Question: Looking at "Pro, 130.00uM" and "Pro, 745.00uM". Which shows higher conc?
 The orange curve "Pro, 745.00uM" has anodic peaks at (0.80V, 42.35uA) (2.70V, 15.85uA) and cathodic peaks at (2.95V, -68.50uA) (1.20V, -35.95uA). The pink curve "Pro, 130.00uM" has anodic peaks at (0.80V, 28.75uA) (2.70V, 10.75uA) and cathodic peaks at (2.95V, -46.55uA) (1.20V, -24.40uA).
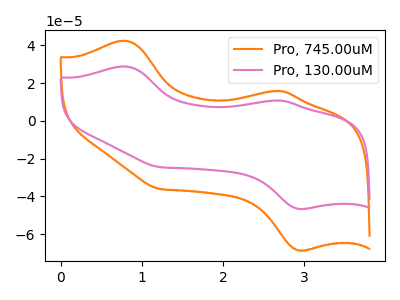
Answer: <think>All the peaks in "Pro, 130.00uM" have a peak in "Pro, 745.00uM" at the same potential. Every peak in "Pro, 130.00uM" is lower than every peak in "Pro, 745.00uM".
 </think>
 <answer>"Pro, 130.00uM" has less signal than "Pro, 745.00uM" and so likely has a lower concentration.</answer>
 <eval>less_concentration</eval>